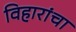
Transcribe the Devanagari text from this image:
विहारांचा